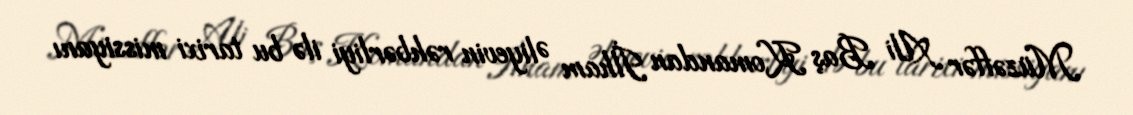
Müzəffər Ali Baş Komandan İlham Əliyevin rəhbərliyi ilə bu tarixi missiyanı